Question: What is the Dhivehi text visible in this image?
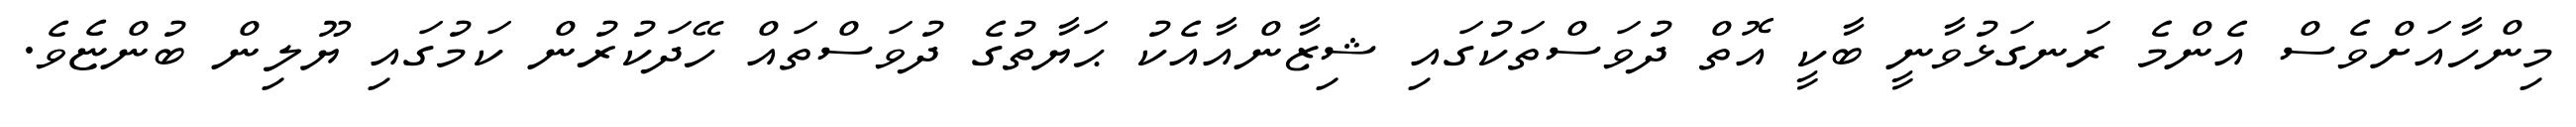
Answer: މިންހާއަށްވެސް އެންމެ ރަނގަޅުވާނީ ބާކީ އޮތް ދުވަސްތަކުގައި ޝިޒާންއާއެކު ޙަޔާތުގެ ދުވަސްތައް ހޭދަކުރުން ކަމުގައި ޔޫލިން ބުންޏެވެ.